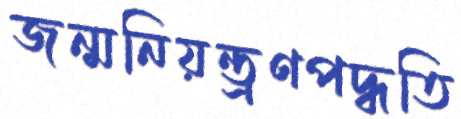
জন্মনিয়ন্ত্রণপদ্ধতি